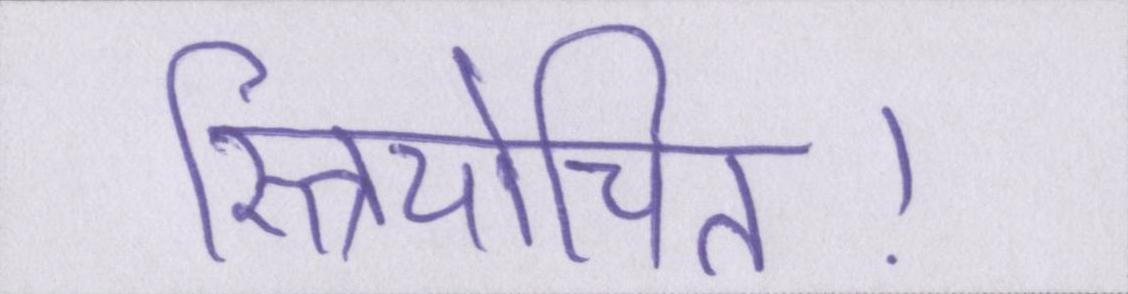
स्त्रियोचित।